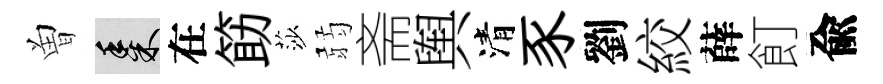
曽黍在筯莎弱斋舆清豕劉絞薛飣兪